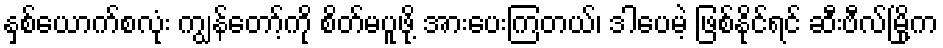
နှစ်ယောက်စလုံး ကျွန်တော့်ကို စိတ်မပူဖို့ အားပေးကြတယ်၊ ဒါပေမဲ့ ဖြစ်နိုင်ရင် ဆီးဗီလ်မြို့က